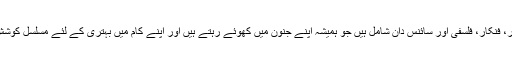
اس میں مصنفین، شاعر، فنکار، فلسفی اور سائنس دان شامل ہیں جو ہمیشہ اپنے جنون میں کھوئے رہتے ہیں اور اپنے کام میں بہتری کے لئے مسلسل کوشش میں لگے رہتے ہیں۔